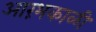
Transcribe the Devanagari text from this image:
आरंभकाळी